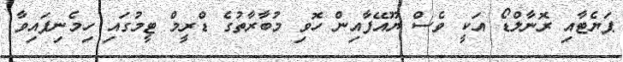
ޕަޔެޓާއި ރޮނާލްޑޯ އަކީ ވެސް ޔޫއޭފާއިން ހޮވި މުބާރާތުގެ ޑްރީމް ޓީމުގައި ހިމެނިފައިވާ